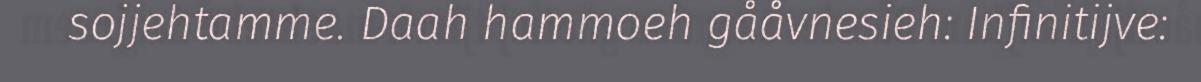
sojjehtamme. Daah hammoeh gååvnesieh: Infinitijve: